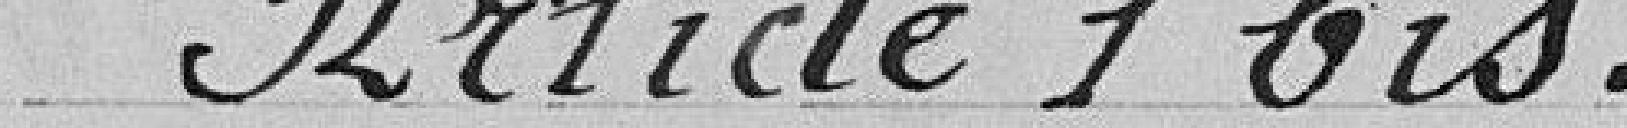
Article 1 bis